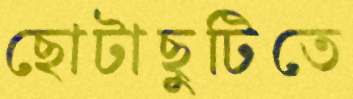
ছোটাছুটিতে